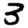
Digit: 3